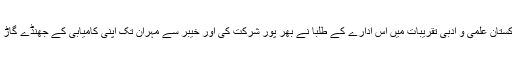
کل پاکستان علمی و ادبی تقریبات میں اس ادارے کے طلبا نے بھر پور شرکت کی اور خیبر سے مہران تک اپنی کامیابی کے جھنڈے گاڑ دیئے۔